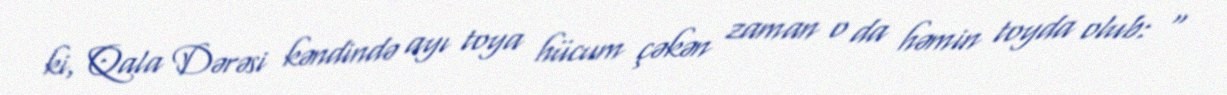
ki, Qala Dərəsi kəndində ayı toya hücum çəkən zaman o da həmin toyda olub: “